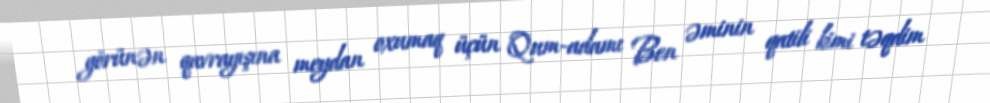
görünən qavrayışına meydan oxumaq üçün Qum-adamı Ben əminin qatili kimi təqdim